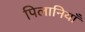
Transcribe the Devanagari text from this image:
पिलानियाँ